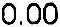
0.00